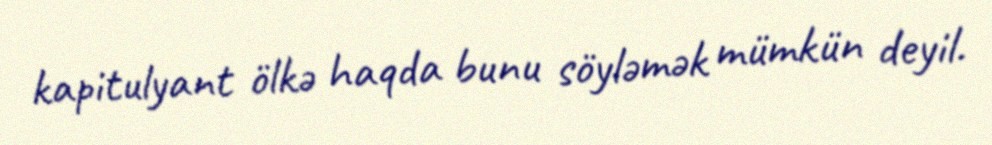
kapitulyant ölkə haqda bunu söyləmək mümkün deyil.